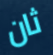
ثان